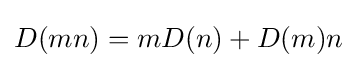
D(mn)=mD(n)+D(m)n